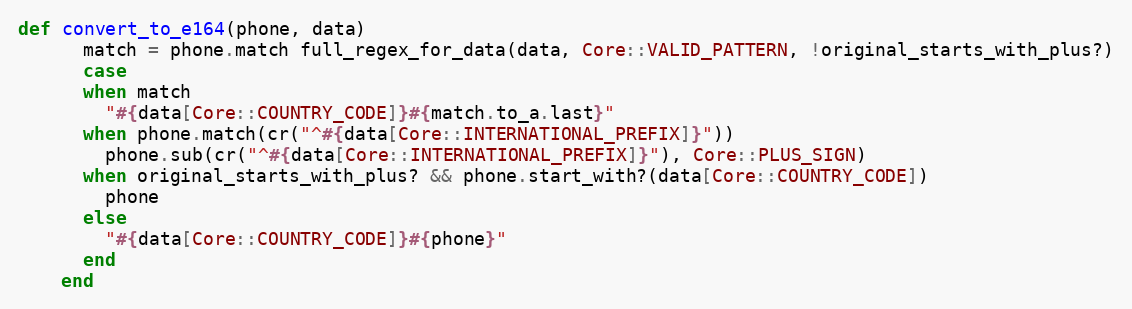
Language: Ruby
def convert_to_e164(phone, data)
      match = phone.match full_regex_for_data(data, Core::VALID_PATTERN, !original_starts_with_plus?)
      case
      when match
        "#{data[Core::COUNTRY_CODE]}#{match.to_a.last}"
      when phone.match(cr("^#{data[Core::INTERNATIONAL_PREFIX]}"))
        phone.sub(cr("^#{data[Core::INTERNATIONAL_PREFIX]}"), Core::PLUS_SIGN)
      when original_starts_with_plus? && phone.start_with?(data[Core::COUNTRY_CODE])
        phone
      else
        "#{data[Core::COUNTRY_CODE]}#{phone}"
      end
    end